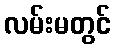
လမ်းမတွင်